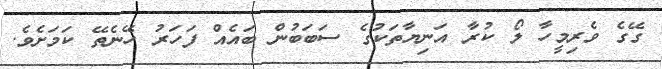
ގޭގެ ވެރިމީހާ ލޯ ކުރާ އަނިޔާތަކުގެ ސަބަބުން ބައެއް ފަހަރު ހޭނެތޭ ކަމަށެވެ.